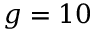
g = 1 0